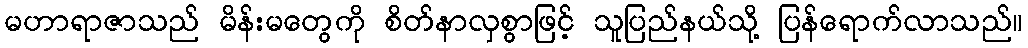
မဟာရာဇာသည် မိန်းမတွေကို စိတ်နာလှစွာဖြင့် သူပြည်နယ်သို့ ပြန်ရောက်လာသည်။